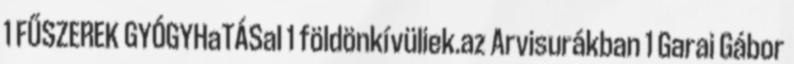
1 FŰSZEREK GYÓGYHaTÁSaI 1 földönkívüliek.az Arvisurákban 1 Garai Gábor